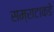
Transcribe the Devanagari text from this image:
सम्राटाकडे